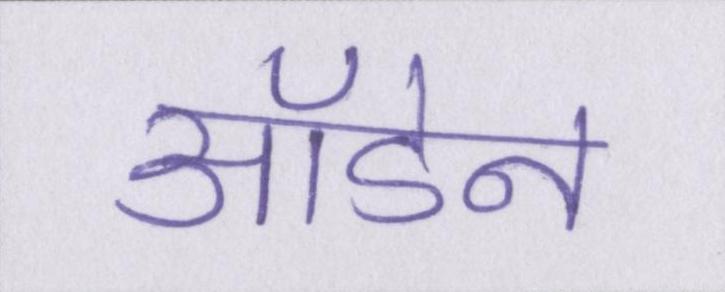
ऑडेन